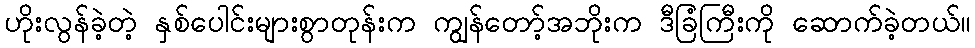
ဟိုးလွန်ခဲ့တဲ့ နှစ်ပေါင်းများစွာတုန်းက ကျွန်တော့်အဘိုးက ဒီခြံကြီးကို ဆောက်ခဲ့တယ်။